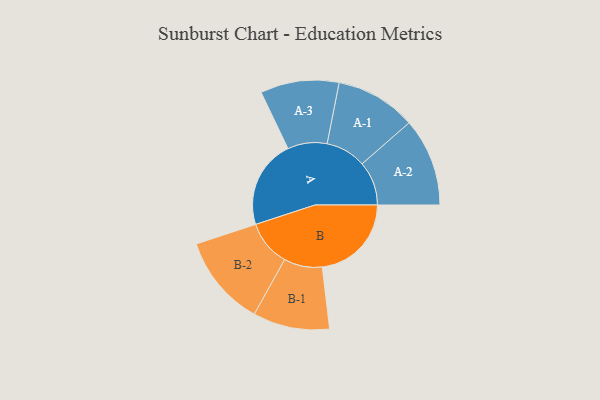
{"axis": {"x": "Segment", "y": "Value"}, "legend": ["", "A", "B"], "data": [{"x": "A", "y": 355, "type": ""}, {"x": "B", "y": 358, "type": ""}, {"x": "A-1", "y": 162, "type": "A"}, {"x": "A-2", "y": 177, "type": "A"}, {"x": "A-3", "y": 158, "type": "A"}, {"x": "B-1", "y": 154, "type": "B"}, {"x": "B-2", "y": 184, "type": "B"}]}